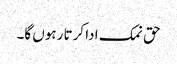
حق نمک ادا کرتا رہوں گا۔